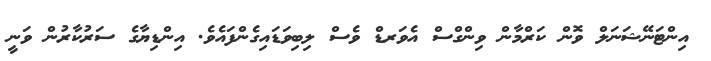
އިންޓަނޭޝަނަލް ވޮން ކަރްމާން ވިންގްސް އެވަރޑް ވެސް ލިބިވަޑައިގެންފައެވެ. އިންޑިޔާގެ ސަރުކާރުން ވަނީ